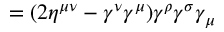
= ( 2 \eta ^ { \mu \nu } - \gamma ^ { \nu } \gamma ^ { \mu } ) \gamma ^ { \rho } \gamma ^ { \sigma } \gamma _ { \mu }